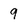
Character: 9